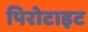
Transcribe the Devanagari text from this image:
पिरोटाइट